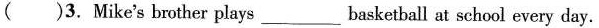
()3.Mike's brother plays___basketball at school every day.